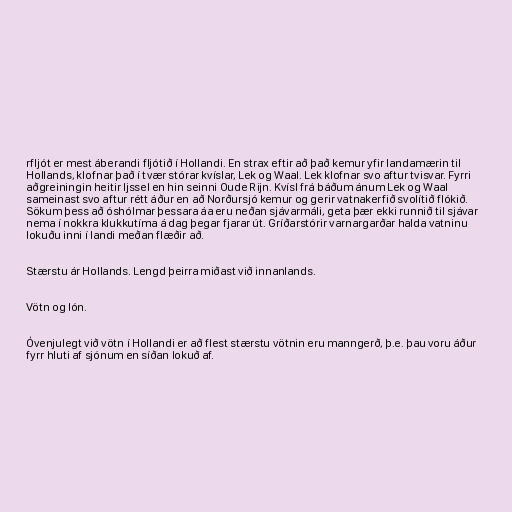
rfljót er mest áberandi fljótið í Hollandi. En strax eftir að það kemur yfir landamærin til
Hollands, klofnar það í tvær stórar kvíslar, Lek og Waal. Lek klofnar svo aftur tvisvar. Fyrri
aðgreiningin heitir Ijssel en hin seinni Oude Rijn. Kvísl frá báðum ánum Lek og Waal
sameinast svo aftur rétt áður en að Norðursjó kemur og gerir vatnakerfið svolítið flókið.
Sökum þess að óshólmar þessara áa eru neðan sjávarmáli, geta þær ekki runnið til sjávar
nema í nokkra klukkutíma á dag þegar fjarar út. Gríðarstórir varnargarðar halda vatninu
lokuðu inni í landi meðan flæðir að.

Stærstu ár Hollands. Lengd þeirra miðast við innanlands.

Vötn og lón.

Óvenjulegt við vötn í Hollandi er að flest stærstu vötnin eru manngerð, þ.e. þau voru áður
fyrr hluti af sjónum en síðan lokuð af.